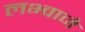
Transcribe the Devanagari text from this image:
लभ्वाजे